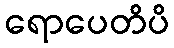
ရောပေတိပိ